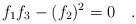
\begin{align*}f_1 f_3 - (f_2)^{2}=0\quad. \end{align*}